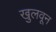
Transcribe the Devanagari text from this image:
खुलवून